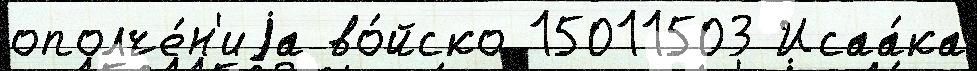
ополче́н'иjа во́йско 15011503 Исаа́ка